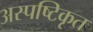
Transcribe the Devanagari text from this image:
अस्पष्टिकृत